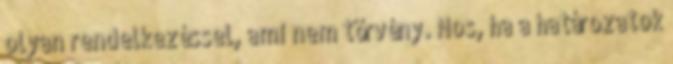
olyan rendelkezéssel, ami nem törvény. Nos, ha a határozatok